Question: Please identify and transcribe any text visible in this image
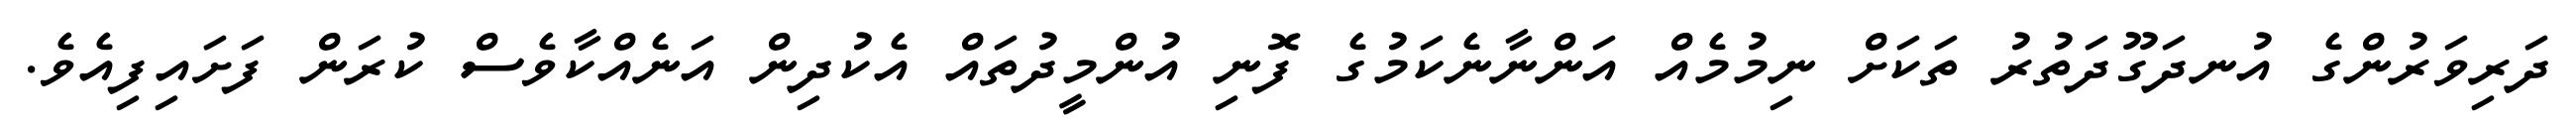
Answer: ދަރިވަރުންގެ އުނދަގޫދަތުރު ތަކަށް ނިމުމެއް އަންނާނެކަމުގެ ފޮނި އުންމީދުތައް އެކުދިން އަނެއްކާވެސް ކުރަން ފަށައިފިއެވެ.